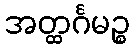
အတ္ထင်္ဂမဉ္စ